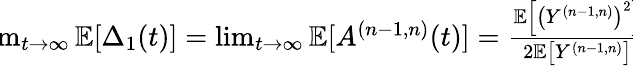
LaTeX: \begin{array}{r}{\! \! \! \! \operatorname*{lim}_{t\to\infty}\mathbb{E}[\Delta_{1}(t)]=\operatorname*{lim}_{t\to\infty}\mathbb{E}[A^{(n-1,n)}(t)]=\frac{\mathbb{E}\left[\left(Y^{(n-1,n)}\right)^{2}\right]}{2\mathbb{E}\left[Y^{(n-1,n)}\right]}\! \! \! }\end{array}